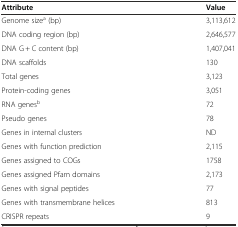
| Attribute | Value |
 | --- | --- |
 | Genome sizea (bp) | 3,113,612 |
 | DNA coding region (bp) | 2,646,577 |
 | DNA G+C content (bp) | 1,407,041 |
 | DNA scaffolds | 130 |
 | Total genes | 3,123 |
 | Protein-coding genes | 3,051 |
 | RNA genesb | 72 |
 | Pseudo genes | 78 |
 | Genes in internal clusters | ND |
 | Genes with function prediction | 2,115 |
 | Genes assigned to COGs | 1758 |
 | Genes assigned Pfam domains | 2,173 |
 | Genes with signal peptides | 77 |
 | Genes with transmembrane helices | 813 |
 | CRISPR repeats | 9 |